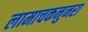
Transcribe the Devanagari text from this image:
लामाचकनुनरा